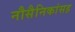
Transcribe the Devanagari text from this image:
नौसैनिकांसह